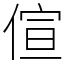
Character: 𠊿